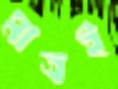
মাত্রই